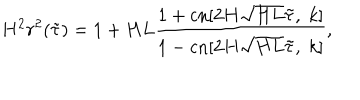
LaTeX: H ^ { 2 } r ^ { 2 } ( \tilde { \tau } ) = 1 + H L \frac { 1 + \mathrm { c n } [ 2 H \sqrt { H L } \tilde { \tau } , \; k ] } { 1 - \mathrm { c n } [ 2 H \sqrt { H L } \tilde { \tau } , \; k ] } ,